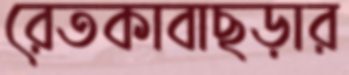
রেতকাবাছড়ার